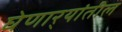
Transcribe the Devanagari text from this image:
घेणार्‍यांतील